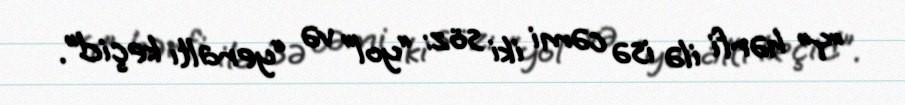
“Y” hərfi ilə isə cəmi iki söz: “yol” və “yeraltı keçid”.